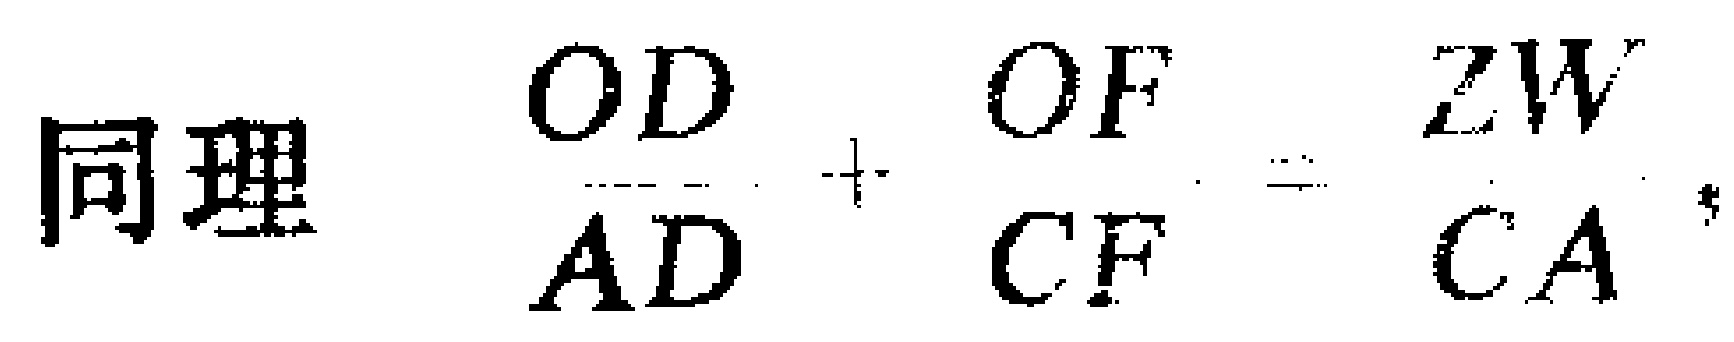
同理 $\frac{OD}{AD}+\frac{OF}{CF}=\frac{ZW}{CA}$。